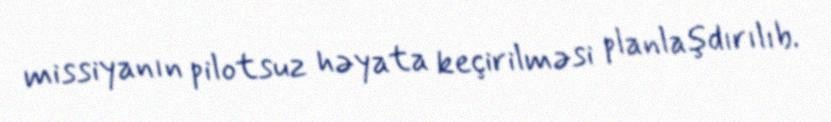
missiyanın pilotsuz həyata keçirilməsi planlaşdırılıb.